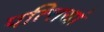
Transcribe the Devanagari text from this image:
पत्‍तियां